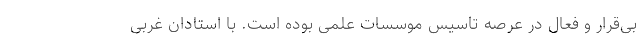
بی‌قرار و فعال در عرصه تاسیس موسسات علمی بوده است. با استادان غربی